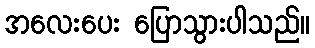
အလေးပေး ပြောသွားပါသည်။